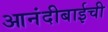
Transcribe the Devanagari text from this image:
आनंदीबाईची